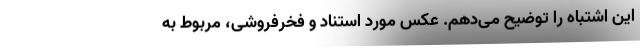
این اشتباه را توضیح می‌دهم. عکس مورد استناد و فخر‌فروشی، مربوط به